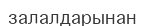
залалдарынан